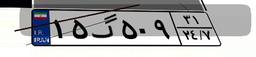
۱۵گ۵۰۹۳۱